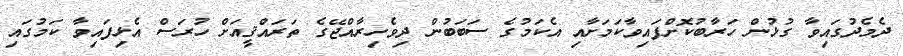
ދެމެދުގައިވާ ގުޅުން ހަރާބުކޮށްފައިވާކަމަށާއި އެކަމުގެ ސަބަބުން ދިވެހިރާއްޖޭގެ ތަރައްޤީއަށް ހުރަސް އެޅިފައިވާ ކަމުގައި